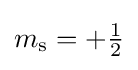
m_{\mathrm {s} }=+{\tfrac {1}{2}}